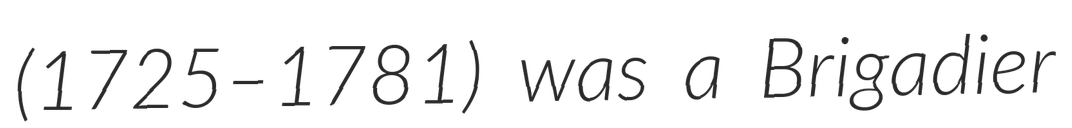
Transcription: (1725–1781) was a Brigadier